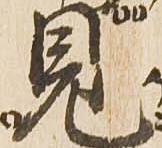
見